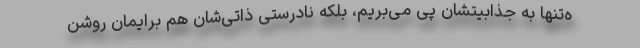
ه‌تنها به جذابیتشان پی می‌بریم، بلکه نادرستی ذاتی‌شان هم برایمان روشن